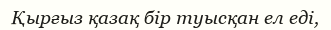
Қырғыз қазақ бір туысқан ел еді,